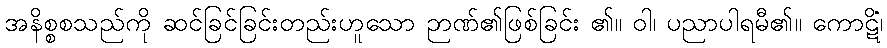
အနိစ္စစသည်ကို ဆင်ခြင်ခြင်းတည်းဟူသော ဉာဏ်၏ဖြစ်ခြင်း ၏။ ဝါ၊ ပညာပါရမီ၏။ ကောဋိံ၊